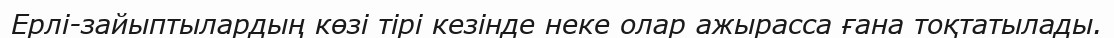
Ерлі-зайыптылардың көзі тірі кезінде неке олар ажырасса ғана тоқтатылады.